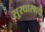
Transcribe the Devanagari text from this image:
सु्रधारवादी